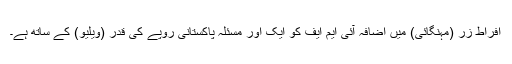
افراط زر (مہنگائی) میں اضافہ آئی ایم ایف کو ایک اور مسئلہ پاکستانی روپے کی قدر (ویلیو) کے ساتھ ہے۔